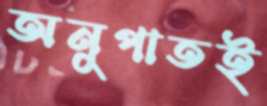
অনুপাতই